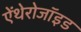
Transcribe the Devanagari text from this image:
ऐंथेरोजॉइड